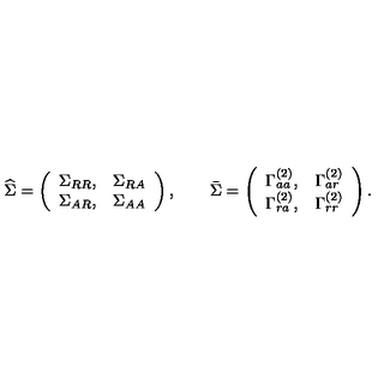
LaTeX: { \widehat \Sigma } = \left( \begin{array} { c c } { \Sigma _ { R R } , } & { \Sigma _ { R A } } \\ { \Sigma _ { A R } , } & { \Sigma _ { A A } } \\ \end{array} \right) , \qquad { \bar { \Sigma } } = \left( \begin{array} { c c } { \Gamma _ { a a } ^ { ( 2 ) } , } & { \Gamma _ { a r } ^ { ( 2 ) } } \\ { \Gamma _ { r a } ^ { ( 2 ) } , } & { \Gamma _ { r r } ^ { ( 2 ) } } \\ \end{array} \right) .